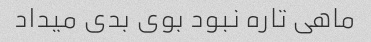
ماهی تاره نبود بوی بدی میداد